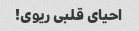
احیای قلبی ریوی!